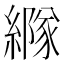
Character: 𦅭